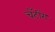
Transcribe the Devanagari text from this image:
चॅटींग